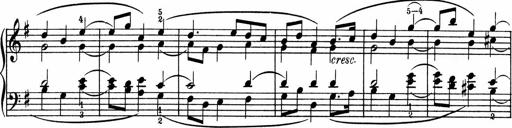
Title: 3 Sonatinen fÃ¼r Pianoforte
Composer: Fritz von Bose